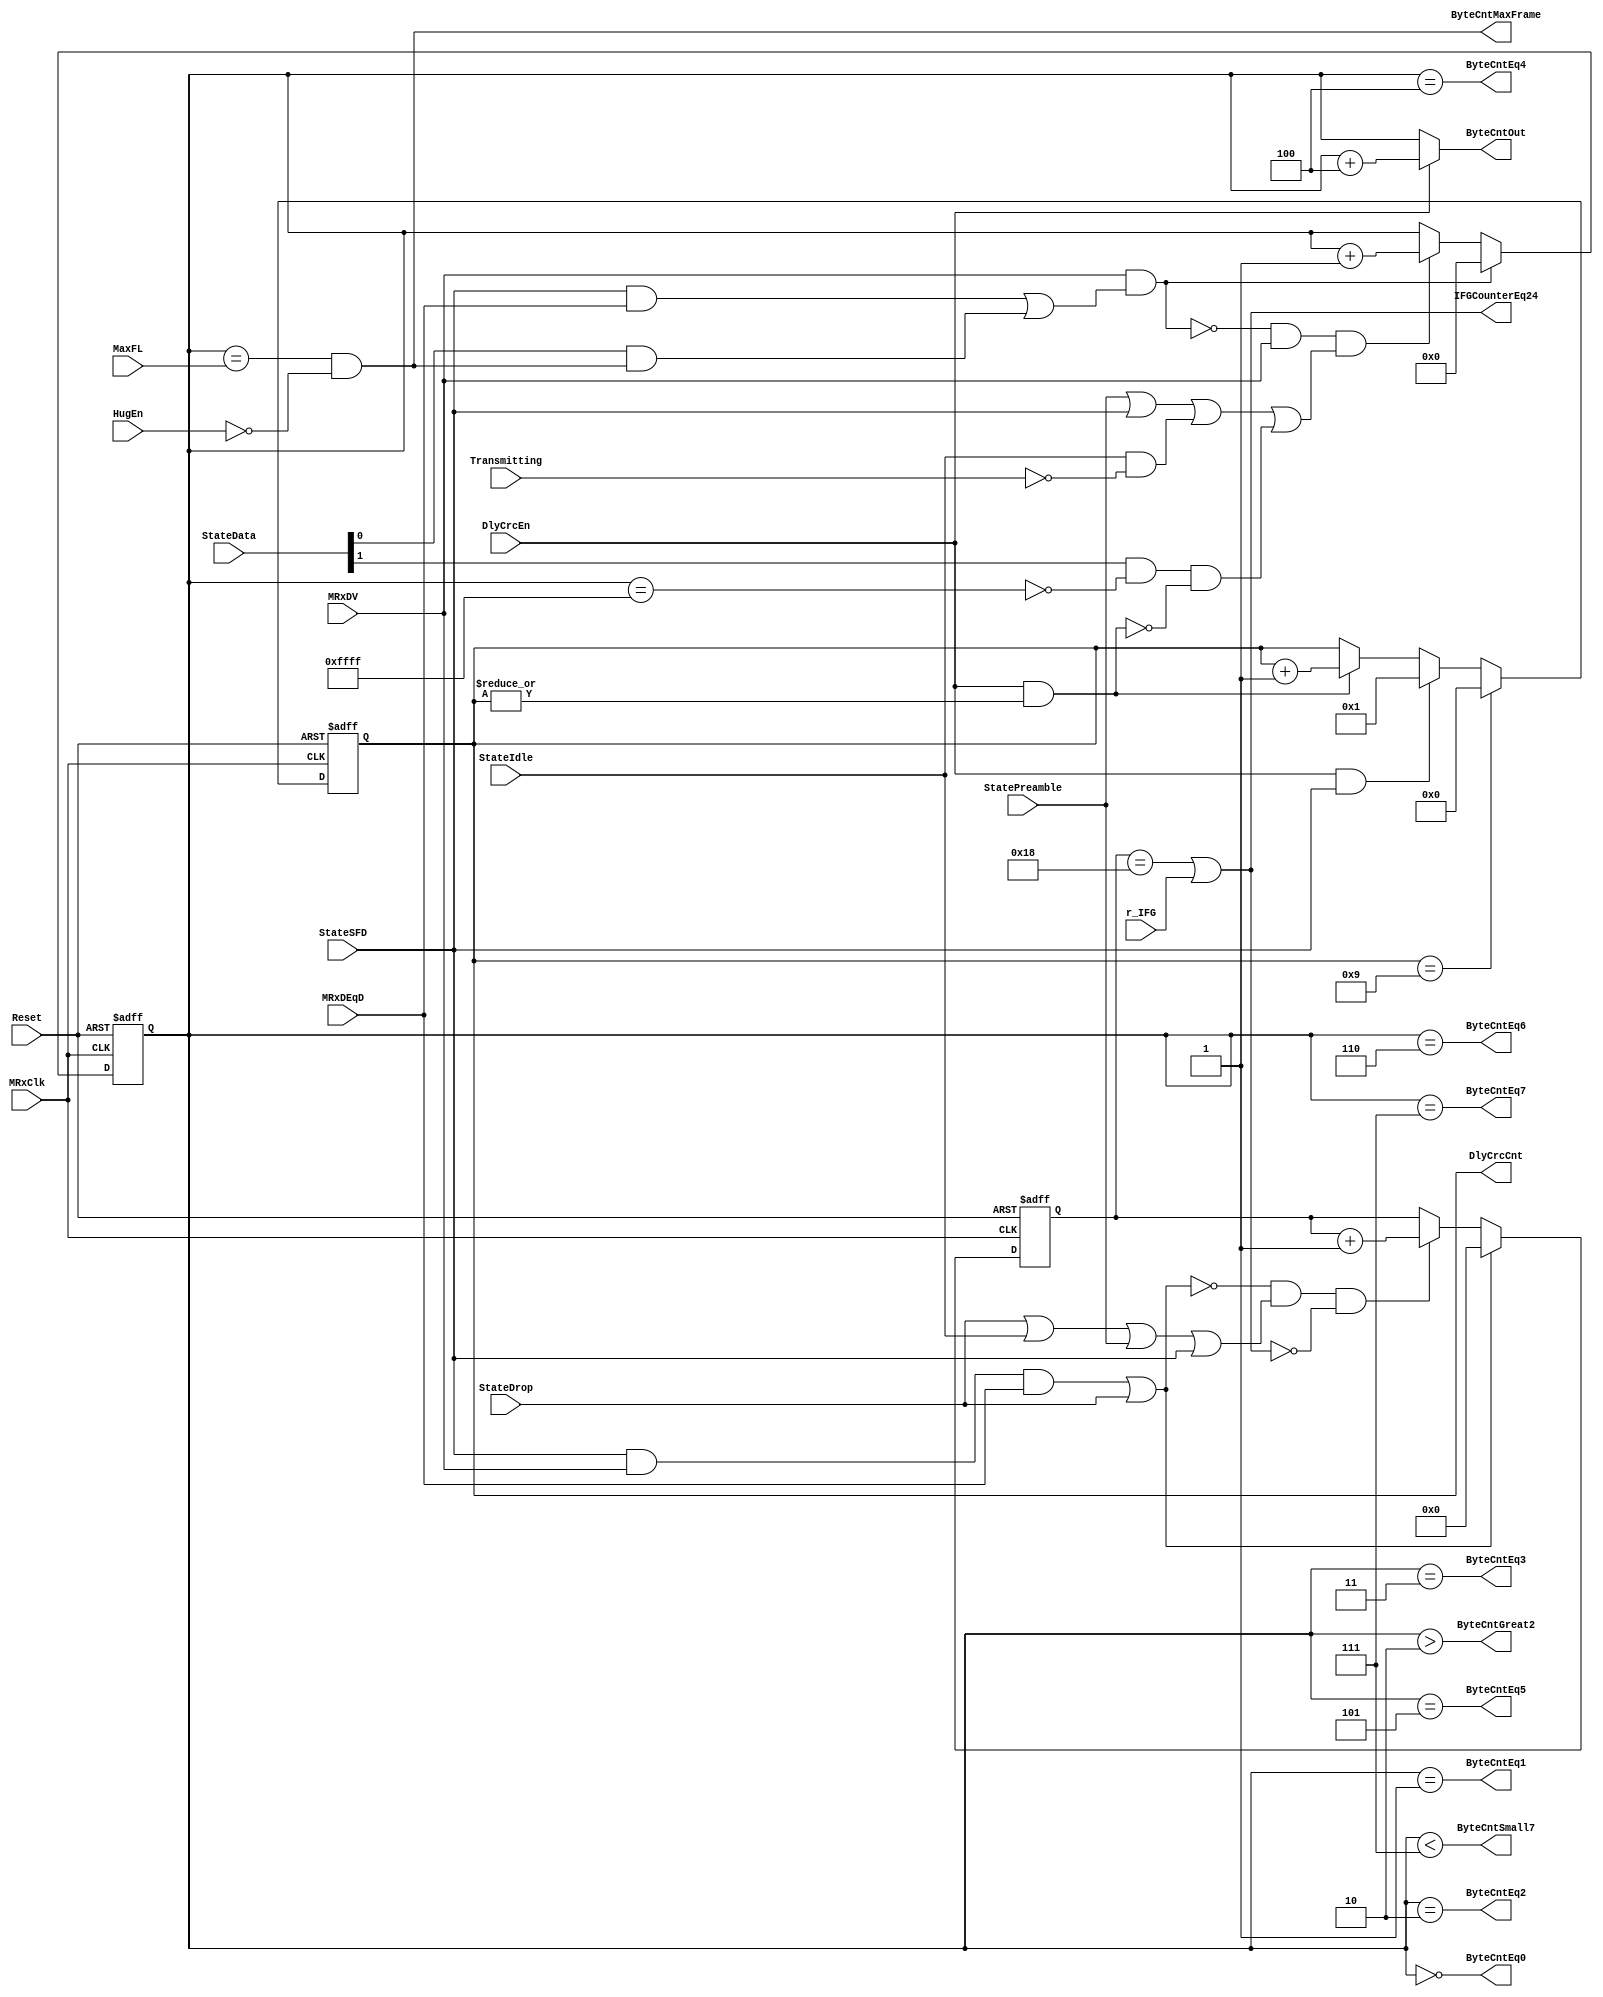
module eth_rxcounters (MRxClk, Reset, MRxDV, StateIdle, StateSFD, StateData, StateDrop, StatePreamble, 
                       MRxDEqD, DlyCrcEn, DlyCrcCnt, Transmitting, MaxFL, r_IFG, HugEn, IFGCounterEq24, 
                       ByteCntEq0, ByteCntEq1, ByteCntEq2,ByteCntEq3,ByteCntEq4,ByteCntEq5, ByteCntEq6,
                       ByteCntEq7, ByteCntGreat2, ByteCntSmall7, ByteCntMaxFrame, ByteCntOut
                      );
parameter Tp = 1;
input         MRxClk;
input         Reset;
input         MRxDV;
input         StateSFD;
input [1:0]   StateData;
input         MRxDEqD;
input         StateIdle;
input         StateDrop;
input         DlyCrcEn;
input         StatePreamble;
input         Transmitting;
input         HugEn;
input [15:0]  MaxFL;
input         r_IFG;
output        IFGCounterEq24;           
output [3:0]  DlyCrcCnt;                
output        ByteCntEq0;               
output        ByteCntEq1;               
output        ByteCntEq2;               
output        ByteCntEq3;               
output        ByteCntEq4;               
output        ByteCntEq5;               
output        ByteCntEq6;               
output        ByteCntEq7;               
output        ByteCntGreat2;            
output        ByteCntSmall7;            
output        ByteCntMaxFrame;          
output [15:0] ByteCntOut;               
wire          ResetByteCounter;
wire          IncrementByteCounter;
wire          ResetIFGCounter;
wire          IncrementIFGCounter;
wire          ByteCntMax;
reg   [15:0]  ByteCnt;
reg   [3:0]   DlyCrcCnt;
reg   [4:0]   IFGCounter;
wire  [15:0]  ByteCntDelayed;
assign ResetByteCounter = MRxDV & (StateSFD & MRxDEqD | StateData[0] & ByteCntMaxFrame);
assign IncrementByteCounter = ~ResetByteCounter & MRxDV & 
                              (StatePreamble | StateSFD | StateIdle & ~Transmitting |
                               StateData[1] & ~ByteCntMax & ~(DlyCrcEn & |DlyCrcCnt)
                              );
always @ (posedge MRxClk or posedge Reset)
begin
  if(Reset)
    ByteCnt[15:0] <= #Tp 16'h0;
  else
    begin
      if(ResetByteCounter)
        ByteCnt[15:0] <= #Tp 16'h0;
      else
      if(IncrementByteCounter)
        ByteCnt[15:0] <= #Tp ByteCnt[15:0] + 1'b1;
     end
end
assign ByteCntDelayed = ByteCnt + 3'h4;
assign ByteCntOut = DlyCrcEn? ByteCntDelayed : ByteCnt;
assign ByteCntEq0       = ByteCnt == 16'h0;
assign ByteCntEq1       = ByteCnt == 16'h1;
assign ByteCntEq2       = ByteCnt == 16'h2; 
assign ByteCntEq3       = ByteCnt == 16'h3; 
assign ByteCntEq4       = ByteCnt == 16'h4; 
assign ByteCntEq5       = ByteCnt == 16'h5; 
assign ByteCntEq6       = ByteCnt == 16'h6;
assign ByteCntEq7       = ByteCnt == 16'h7;
assign ByteCntGreat2    = ByteCnt >  16'h2;
assign ByteCntSmall7    = ByteCnt <  16'h7;
assign ByteCntMax       = ByteCnt == 16'hffff;
assign ByteCntMaxFrame  = ByteCnt == MaxFL[15:0] & ~HugEn;
assign ResetIFGCounter = StateSFD  &  MRxDV & MRxDEqD | StateDrop;
assign IncrementIFGCounter = ~ResetIFGCounter & (StateDrop | StateIdle | StatePreamble | StateSFD) & ~IFGCounterEq24;
always @ (posedge MRxClk or posedge Reset)
begin
  if(Reset)
    IFGCounter[4:0] <= #Tp 5'h0;
  else
    begin
      if(ResetIFGCounter)
        IFGCounter[4:0] <= #Tp 5'h0;
      else
      if(IncrementIFGCounter)
        IFGCounter[4:0] <= #Tp IFGCounter[4:0] + 1'b1; 
    end
end
assign IFGCounterEq24 = (IFGCounter[4:0] == 5'h18) | r_IFG; 
always @ (posedge MRxClk or posedge Reset)
begin
  if(Reset)
    DlyCrcCnt[3:0] <= #Tp 4'h0;
  else
    begin
      if(DlyCrcCnt[3:0] == 4'h9)
        DlyCrcCnt[3:0] <= #Tp 4'h0;
      else
      if(DlyCrcEn & StateSFD)
        DlyCrcCnt[3:0] <= #Tp 4'h1;
      else
      if(DlyCrcEn & (|DlyCrcCnt[3:0]))
        DlyCrcCnt[3:0] <= #Tp DlyCrcCnt[3:0] + 1'b1;
    end
end
endmodule